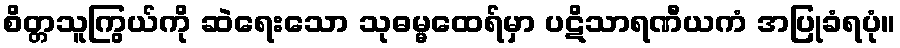
စိတ္တသူကြွယ်ကို ဆဲရေးသော သုဓမ္မထေရ်မှာ ပဋိသာရဏီယကံ အပြုခံရပုံ။